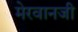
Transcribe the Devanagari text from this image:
मेरवानजी